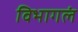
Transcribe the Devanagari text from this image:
विभागलं